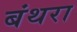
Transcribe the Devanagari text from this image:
बंथरा